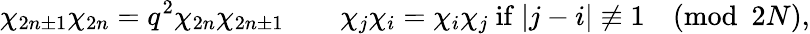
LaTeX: \chi_{2n\pm 1}\chi_{2n}=q^{2}\chi_{2n}\chi_{2n\pm 1}\qquad\chi_{j}\chi_{i}=\chi_{i}\chi_{j}\mathrm{~if~}|j-i|\not\equiv 1\pmod{2N},